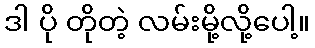
ဒါ ပို တိုတဲ့ လမ်းမို့လို့ပေါ့။